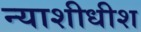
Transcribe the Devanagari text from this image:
न्‍याशीधीश